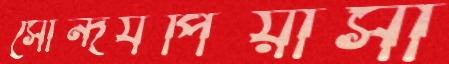
সৌন্দর্যপিয়াসী